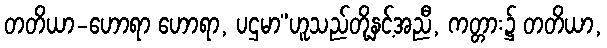
တတိယာ-ဟောရာ ဟောရာ, ပဌမာ”ဟူသည်တို့နှင့်အညီ, ကတ္တား၌ တတိယာ,